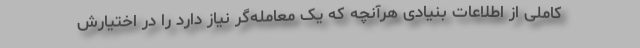
کاملی از اطلاعات بنیادی هرآنچه که یک معامله‌گر نیاز دارد را در اختیارش